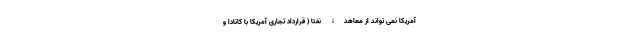
آمریکا نمی تواند از معاهدۀ نفتا ( قرارداد تجاری آمریکا با کانادا و